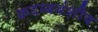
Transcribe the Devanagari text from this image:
कदम्बवंशीय